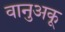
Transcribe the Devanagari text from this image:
वानुअकू